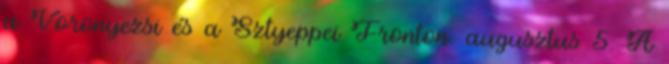
a Voronyezsi és a Sztyeppei Fronton. augusztus 5. A